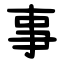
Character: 事